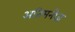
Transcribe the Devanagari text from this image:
अतिमनोज्ञ